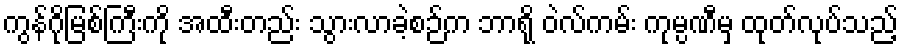
ကွန်ဂိုမြစ်ကြီးကို အထီးတည်း သွားလာခဲ့စဉ်က ဘာရို ဝဲလ်ကမ်း ကုမ္ပဏီမှ ထုတ်လုပ်သည့်